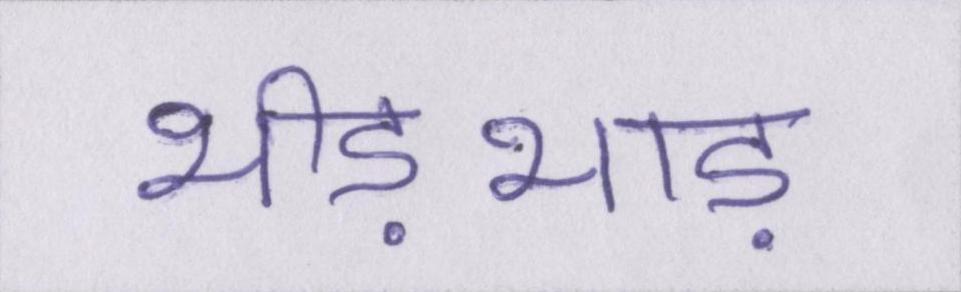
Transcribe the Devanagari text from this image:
भीड़भाड़